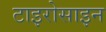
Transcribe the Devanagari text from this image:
टाइरोसाइन